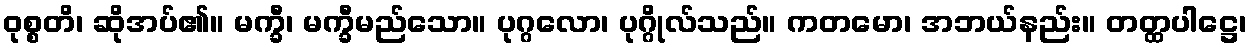
ဝုစ္စတိ၊ ဆိုအပ်၏။ မက္ခီ၊ မက္ခီမည်သော။ ပုဂ္ဂလော၊ ပုဂ္ဂိုလ်သည်။ ကတမော၊ အဘယ်နည်း။ တတ္ထပါဋ္ဌေ၊